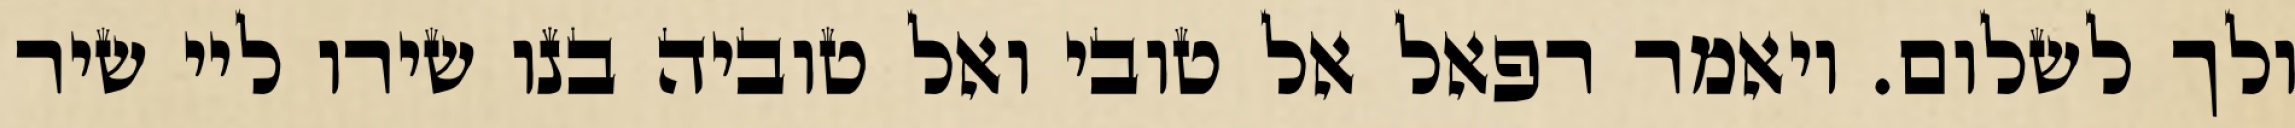
ולך לשלום. ויאמר רפאל אל טובי ואל טוביה בנו שירו ליי שיר